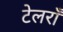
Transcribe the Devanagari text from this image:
टेलराँ